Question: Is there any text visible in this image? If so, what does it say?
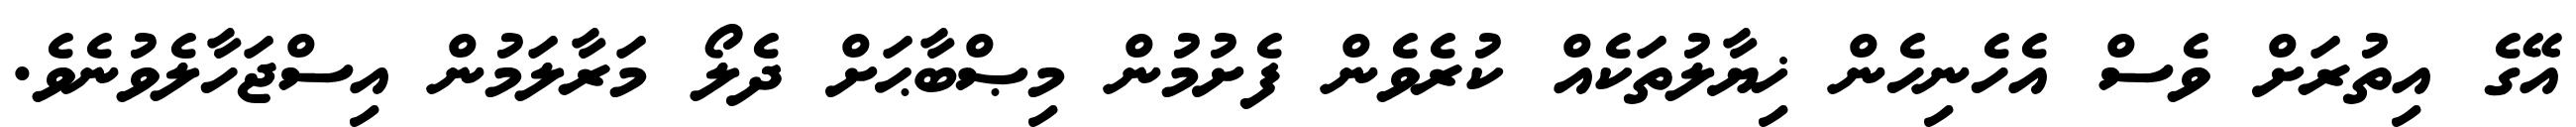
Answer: އޭގެ އިތުރަށް ވެސް އެހެނިހެން ޚިޔާލުތަކެއް ކުރެވެން ފެށުމުން މިޞްބާޙަށް ދެލޯ މަރާލަމުން އިސްޖަހާލެވުނެވެ.